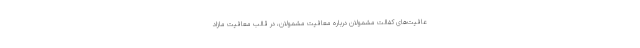
عافیت‌های کفالت مشمولان درباره معافیت مشمولان، در قالب معافیت مازاد